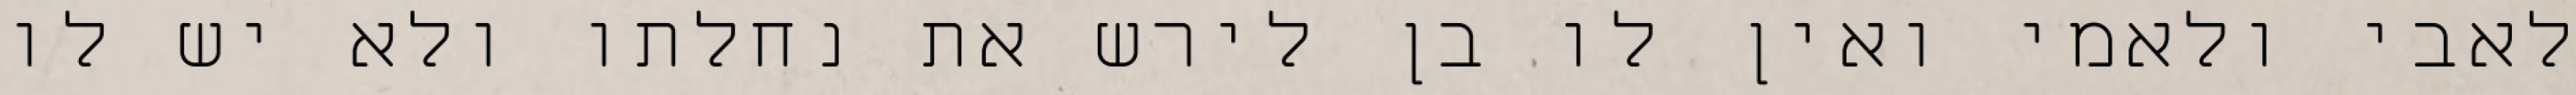
לאבי ולאמי ואין לו בן לירש את נחלתו ולא יש לו